Vaccine operations Central Provinces & Berar 1922-1929 - 1922-1929
Year: 1922
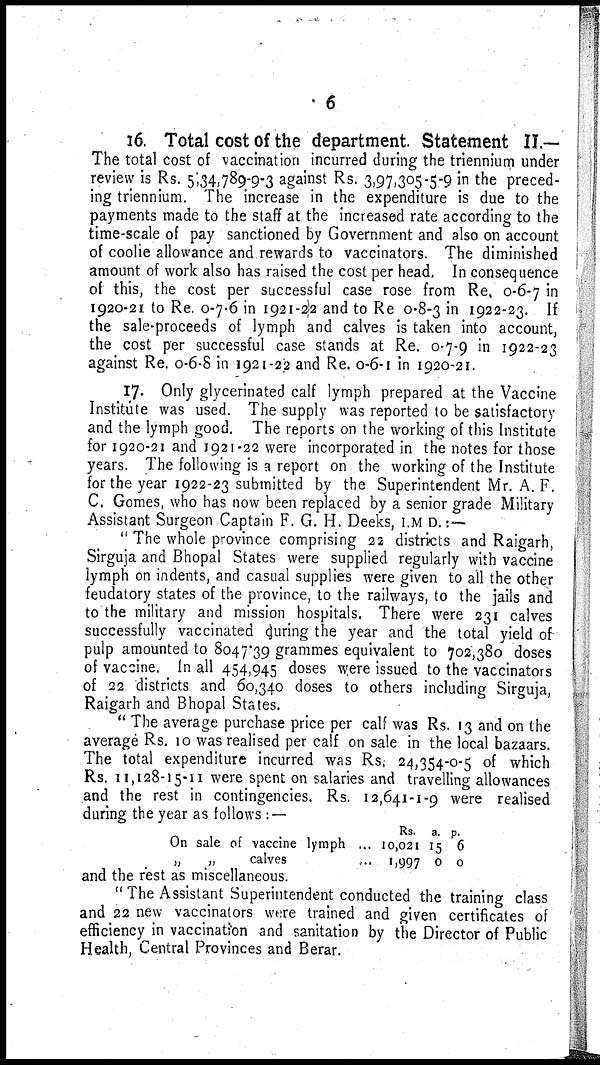
6
16. Total cost of the department. Statement II.—
The total cost of vaccination incurred during the triennium under
review is Rs. 5,34,789-9-3 against Rs. 3,97,305-5-9 in the preced-
ing triennium. The increase in the expenditure is due to the
payments made to the staff at the increased rate according to the
time-scale of pay sanctioned by Government and also on account
of coolie allowance and rewards to vaccinators. The diminished
amount of work also has raised the cost per head. In consequence
of this, the cost per successful case rose from Re, 0-6-7 in
1920-21 to Re. 0-7-6 in 1921-22 and to Re 0-8-3 in 1922-23. If
the sale-proceeds of lymph and calves is taken into account,
the cost per successful case stands at Re. 0-7-9 in 1922-23
against Re. 0-6-8 in 1921-22 and Re. 0-6-1 in 1920-21.
17. Only glycerinated calf lymph prepared at the Vaccine
Institute was used. The supply was reported to be satisfactory
and the lymph good. The reports on the working of this Institute
for 1920-21 and 1921-22 were incorporated in the notes for those
years. The following is a report on the working of the Institute
for the year 1922-23 submitted by the Superintendent Mr. A. F.
C. Gomes, who has now been replaced by a senior grade Military
Assistant Surgeon Captain F. G. H. Deeks, I.M D. :—
" The whole province comprising 22 districts and Raigarh,
Sirguja and Bhopal States were supplied regularly with vaccine
lymph on indents, and casual supplies were given to all the other
feudatory states of the province, to the railways, to the jails and
to the military and mission hospitals. There were 231 calves
successfully vaccinated during the year and the total yield of
pulp amounted to 8047.39 grammes equivalent to 702,380 doses
of vaccine. In all 454,945 doses were issued to the vaccinators
of 22 districts and 60,340 doses to others including Sirguja,
Raigarh and Bhopal States.
" The average purchase price per calf was Rs. 13 and on the
average Rs. 10 was realised per calf on sale in the local bazaars.
The total expenditure incurred was Rs. 24,354-0-5 of which
Rs. 11,128-15-11 were spent on salaries and travelling allowances
and the rest in contingencies. Rs. 12,641-1-9 were realised
during the year as follows : —
On sale of vaccine lymph ...
„
„
calves ...
Rs.
10,021
1,997
a.
15
0
p.
6
0
and the rest as miscellaneous.
" The Assistant Superintendent conducted the training class
and 22 new vaccinators were trained and given certificates of
efficiency in vaccination and sanitation by the Director of Public
Health, Central Provinces and Berar.